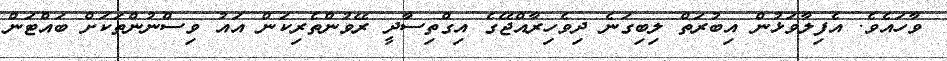
ވާހައެވެ. އެފިލާވަޅުން އިބުރަތް ލިބިގަނެ ދިވެހިރާއްޖޭގެ އިގްތިސާދީ ރޭވުންތެރިކަން އައު ވިސްނުންތަކަށް ބައްޓަން